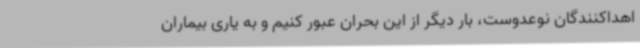
اهداکنندگان نوعدوست، بار دیگر از این بحران عبور کنیم و به یاری بیماران